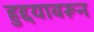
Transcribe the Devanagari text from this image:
हुद्दयावरून